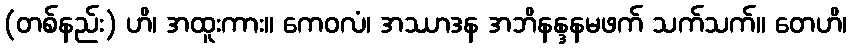
(တစ်နည်း) ဟိ၊ အထူးကား။ ကေဝလံ၊ အဿာဒန အဘိနန္ဒနမဖက် သက်သက်။ တေဟိ၊